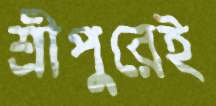
শ্রীপুরেই